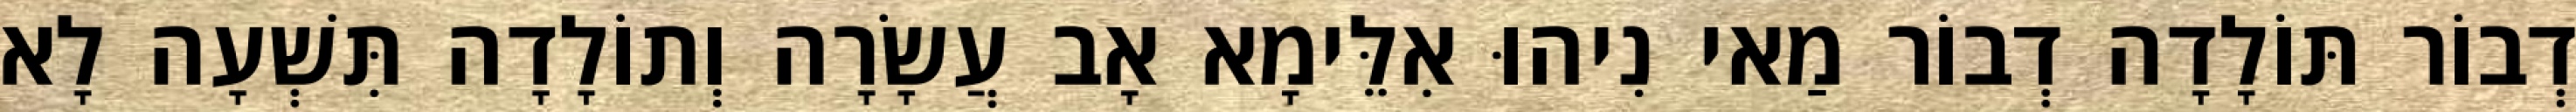
דְבוֹר תּוֹלָדָה דְבוֹר מַאי נִיהוּ אִלֵּימָא אָב עֲשָׂרָה וְתוֹלָדָה תִּשְׁעָה לָא